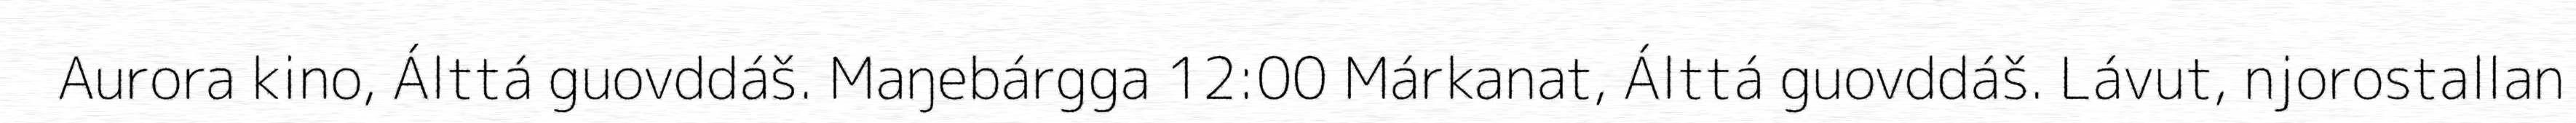
Aurora kino, Álttá guovddáš. Maŋebárgga 12:00 Márkanat, Álttá guovddáš. Lávut, njorostallan